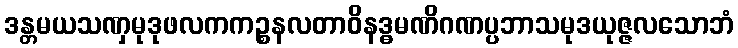
ဒန္တမယသဏှမုဒုဖလကကဉ္စနလတာဝိနဒ္ဓမဏိဂဏပ္ပဘာသမုဒယုဇ္ဇလသောဘံ